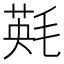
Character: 㲟